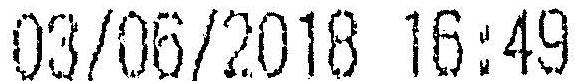
03/06/2018 16:49